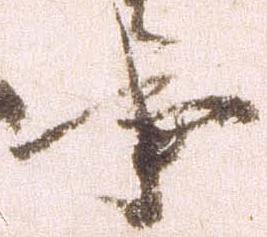
事